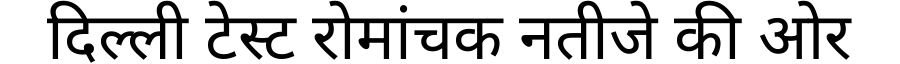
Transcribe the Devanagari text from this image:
दिल्ली टेस्ट रोमांचक नतीजे की ओर